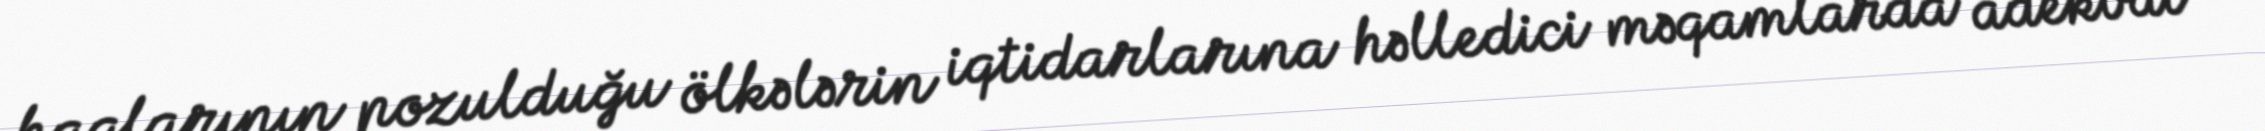
haqlarının pozulduğu ölkələrin iqtidarlarına həlledici məqamlarda adekvat